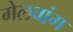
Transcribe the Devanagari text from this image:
गेलवांग